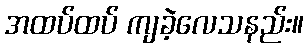
အထပ်ထပ် ကျခဲ့လေသနည်း။